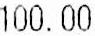
100.00